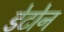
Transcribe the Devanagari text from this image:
डेटोन